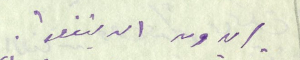
يريدون ان يتفعوا.